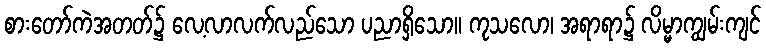
စားတော်ကဲအတတ်၌ လေ့လာလက်လည်သော ပညာရှိသော။ ကုသလော၊ အရာရာ၌ လိမ္မာကျွမ်းကျင်